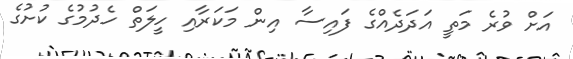
އަށް ވުރެ މަތީ އަދަދެއްގެ ފައިސާ އިން މަކަރާއި ހީލަތް ހެދުމުގެ ކުށުގެ